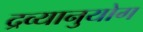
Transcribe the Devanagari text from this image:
द्रव्यानुयोग